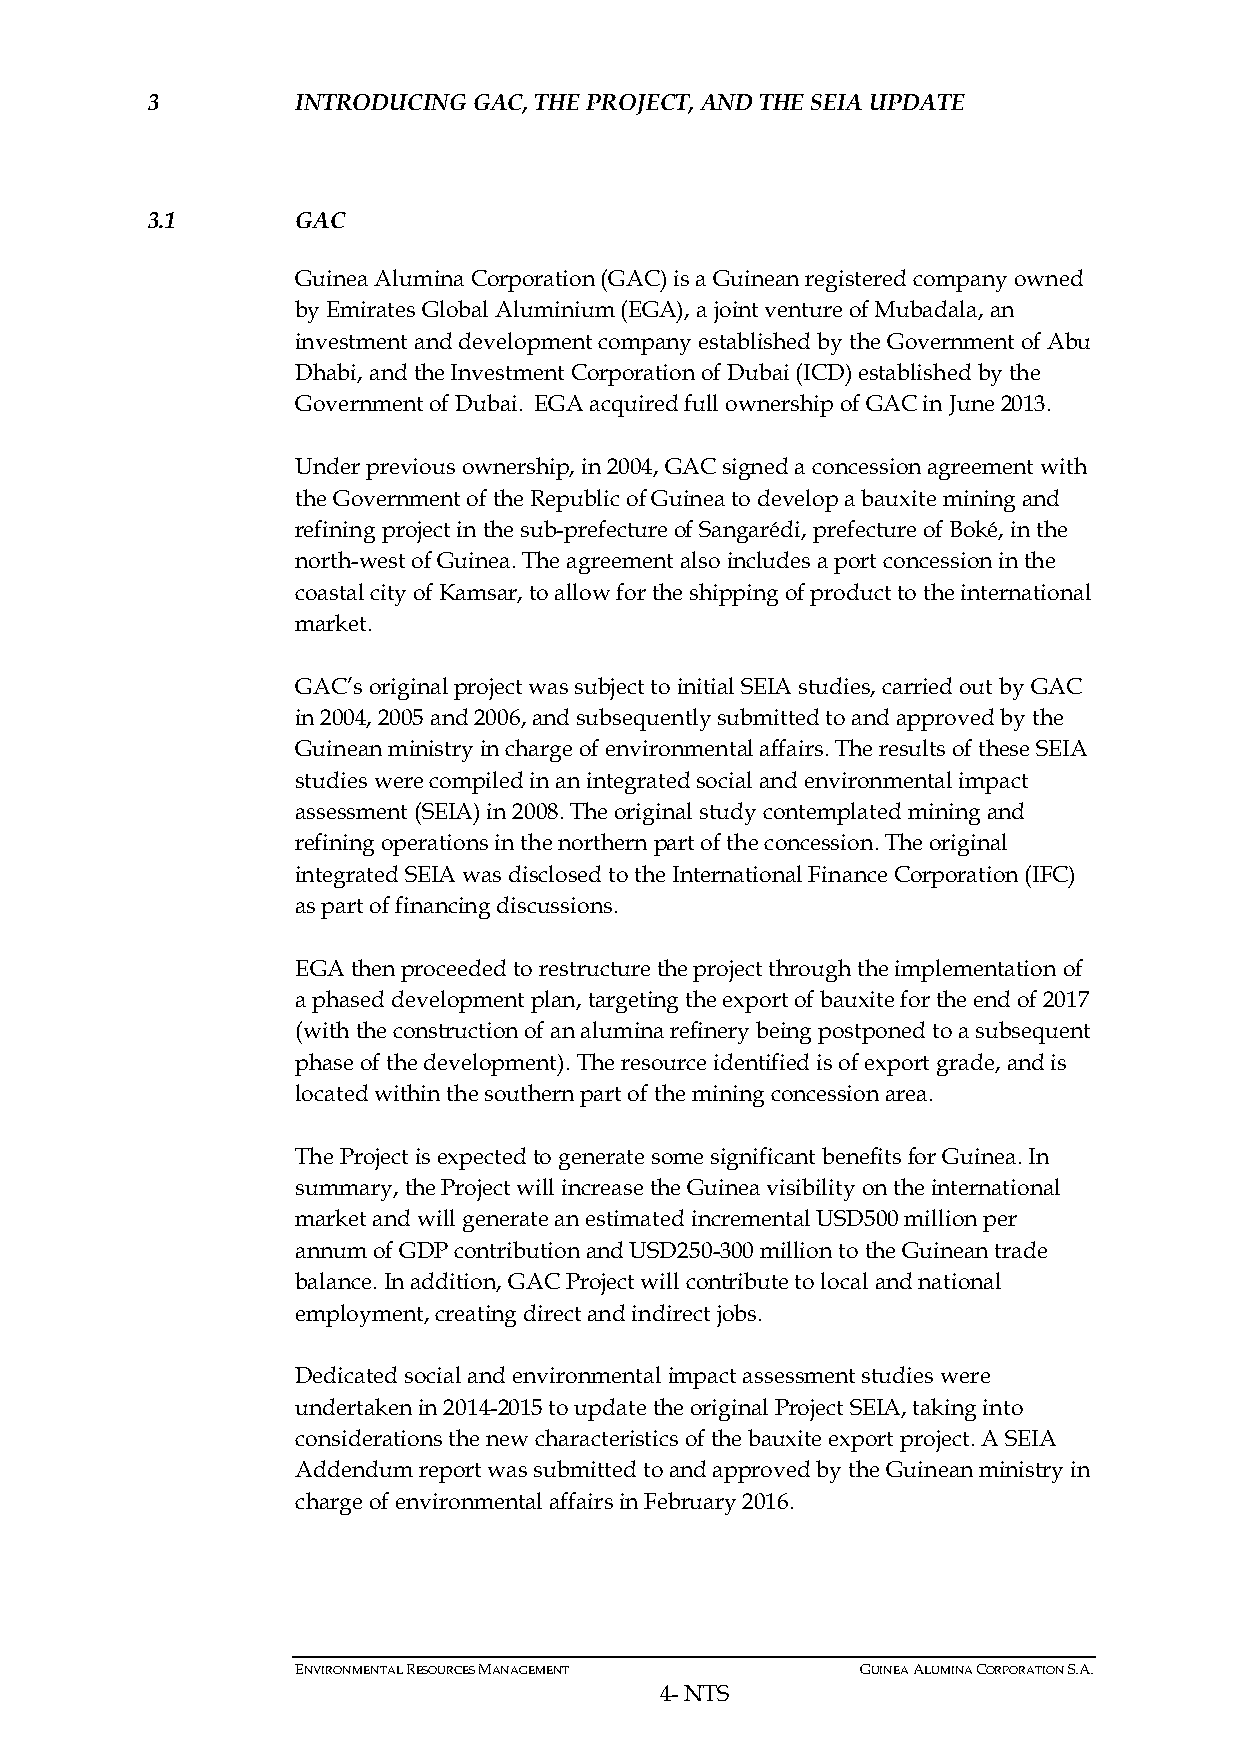
3         INTRODUCING GAC, THE PROJECT, AND THE SEIA UPDATE
 3.1       GAC
 Guinea Alumina Corporation (GAC) is a Guinean registered company owned
 by Emirates Global Aluminium (EGA), a joint venture of Mubadala, an
 investment and development company established by the Government of Abu
 Dhabi, and the Investment Corporation of Dubai (ICD) established by the
 Government of Dubai. EGA acquired full ownership of GAC in June 2013.
 Under previous ownership, in 2004, GAC signed a concession agreement with
 the Government of the Republic of Guinea to develop a bauxite mining and
 refining project in the sub-prefecture of Sangarédi, prefecture of Boké, in the
 north-west of Guinea. The agreement also includes a port concession in the
 coastal city of Kamsar, to allow for the shipping of product to the international
 market.
 GAC’s original project was subject to initial SEIA studies, carried out by GAC
 in 2004, 2005 and 2006, and subsequently submitted to and approved by the
 Guinean ministry in charge of environmental affairs. The results of these SEIA
 studies were compiled in an integrated social and environmental impact
 assessment (SEIA) in 2008. The original study contemplated mining and
 refining operations in the northern part of the concession. The original
 integrated SEIA was disclosed to the International Finance Corporation (IFC)
 as part of financing discussions.
 EGA then proceeded to restructure the project through the implementation of
 a phased development plan, targeting the export of bauxite for the end of 2017
 (with the construction of an alumina refinery being postponed to a subsequent
 phase of the development). The resource identified is of export grade, and is
 located within the southern part of the mining concession area.
 The Project is expected to generate some significant benefits for Guinea. In
 summary, the Project will increase the Guinea visibility on the international
 market and will generate an estimated incremental USD500 million per
 annum of GDP contribution and USD250-300 million to the Guinean trade
 balance. In addition, GAC Project will contribute to local and national
 employment, creating direct and indirect jobs.
 Dedicated social and environmental impact assessment studies were
 undertaken in 2014-2015 to update the original Project SEIA, taking into
 considerations the new characteristics of the bauxite export project. A SEIA
 Addendum report was submitted to and approved by the Guinean ministry in
 charge of environmental affairs in February 2016.
 ENVIRONMENTAL RESOURCES MANAGEMENT   GUINEA ALUMINA CORPORATION S.A.
 4- NTS